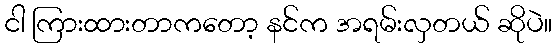
ငါ ကြားထားတာကတော့ နင်က အရမ်းလှတယ် ဆိုပဲ။